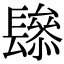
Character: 𨲱